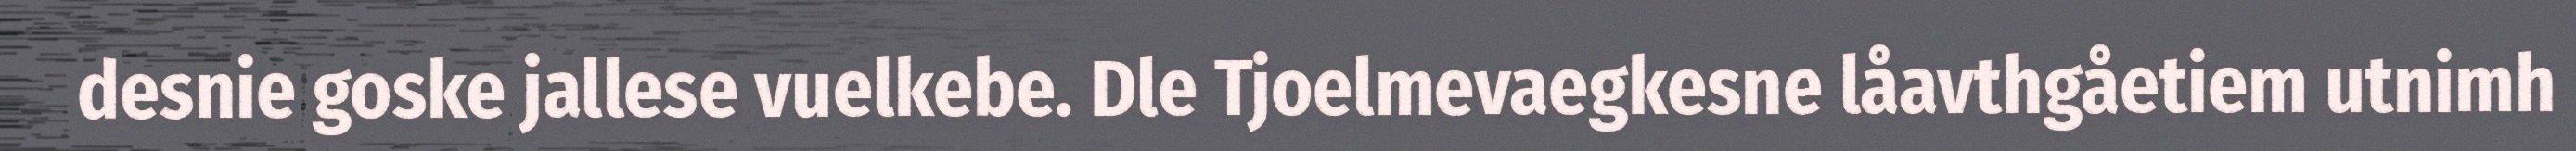
desnie goske jallese vuelkebe. Dle Tjoelmevaegkesne låavthgåetiem utnimh